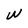
Character: W